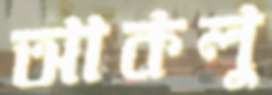
আকলু